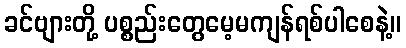
ခင်ဗျားတို့ ပစ္စည်းတွေမေ့မကျန်ရစ်ပါစေနဲ့။